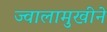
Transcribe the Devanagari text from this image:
ज्वालामुखीने